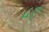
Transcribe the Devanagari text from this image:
५ए